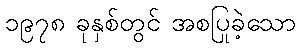
၁၉၇၈ ခုနှစ်တွင် အစပြုခဲ့သော